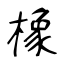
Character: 橡